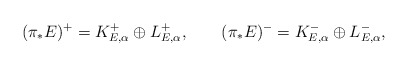
\begin{align*}(\pi_*E)^+=K_{E, \alpha}^+\oplus L_{E, \alpha}^+,\qquad(\pi_*E)^-=K_{E, \alpha}^-\oplus L_{E, \alpha}^-,\end{align*}